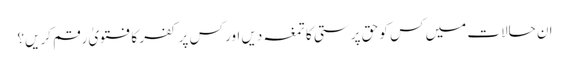
ان حالات میں کس کو حق پرستی کا تمغہ دیں اور کس پر کفر کا فتویٰ رقم کریں؟